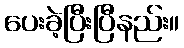
ပေးခဲ့ပြီးပြီနည်း။